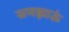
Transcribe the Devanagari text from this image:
समझाऊं